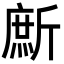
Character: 㫂